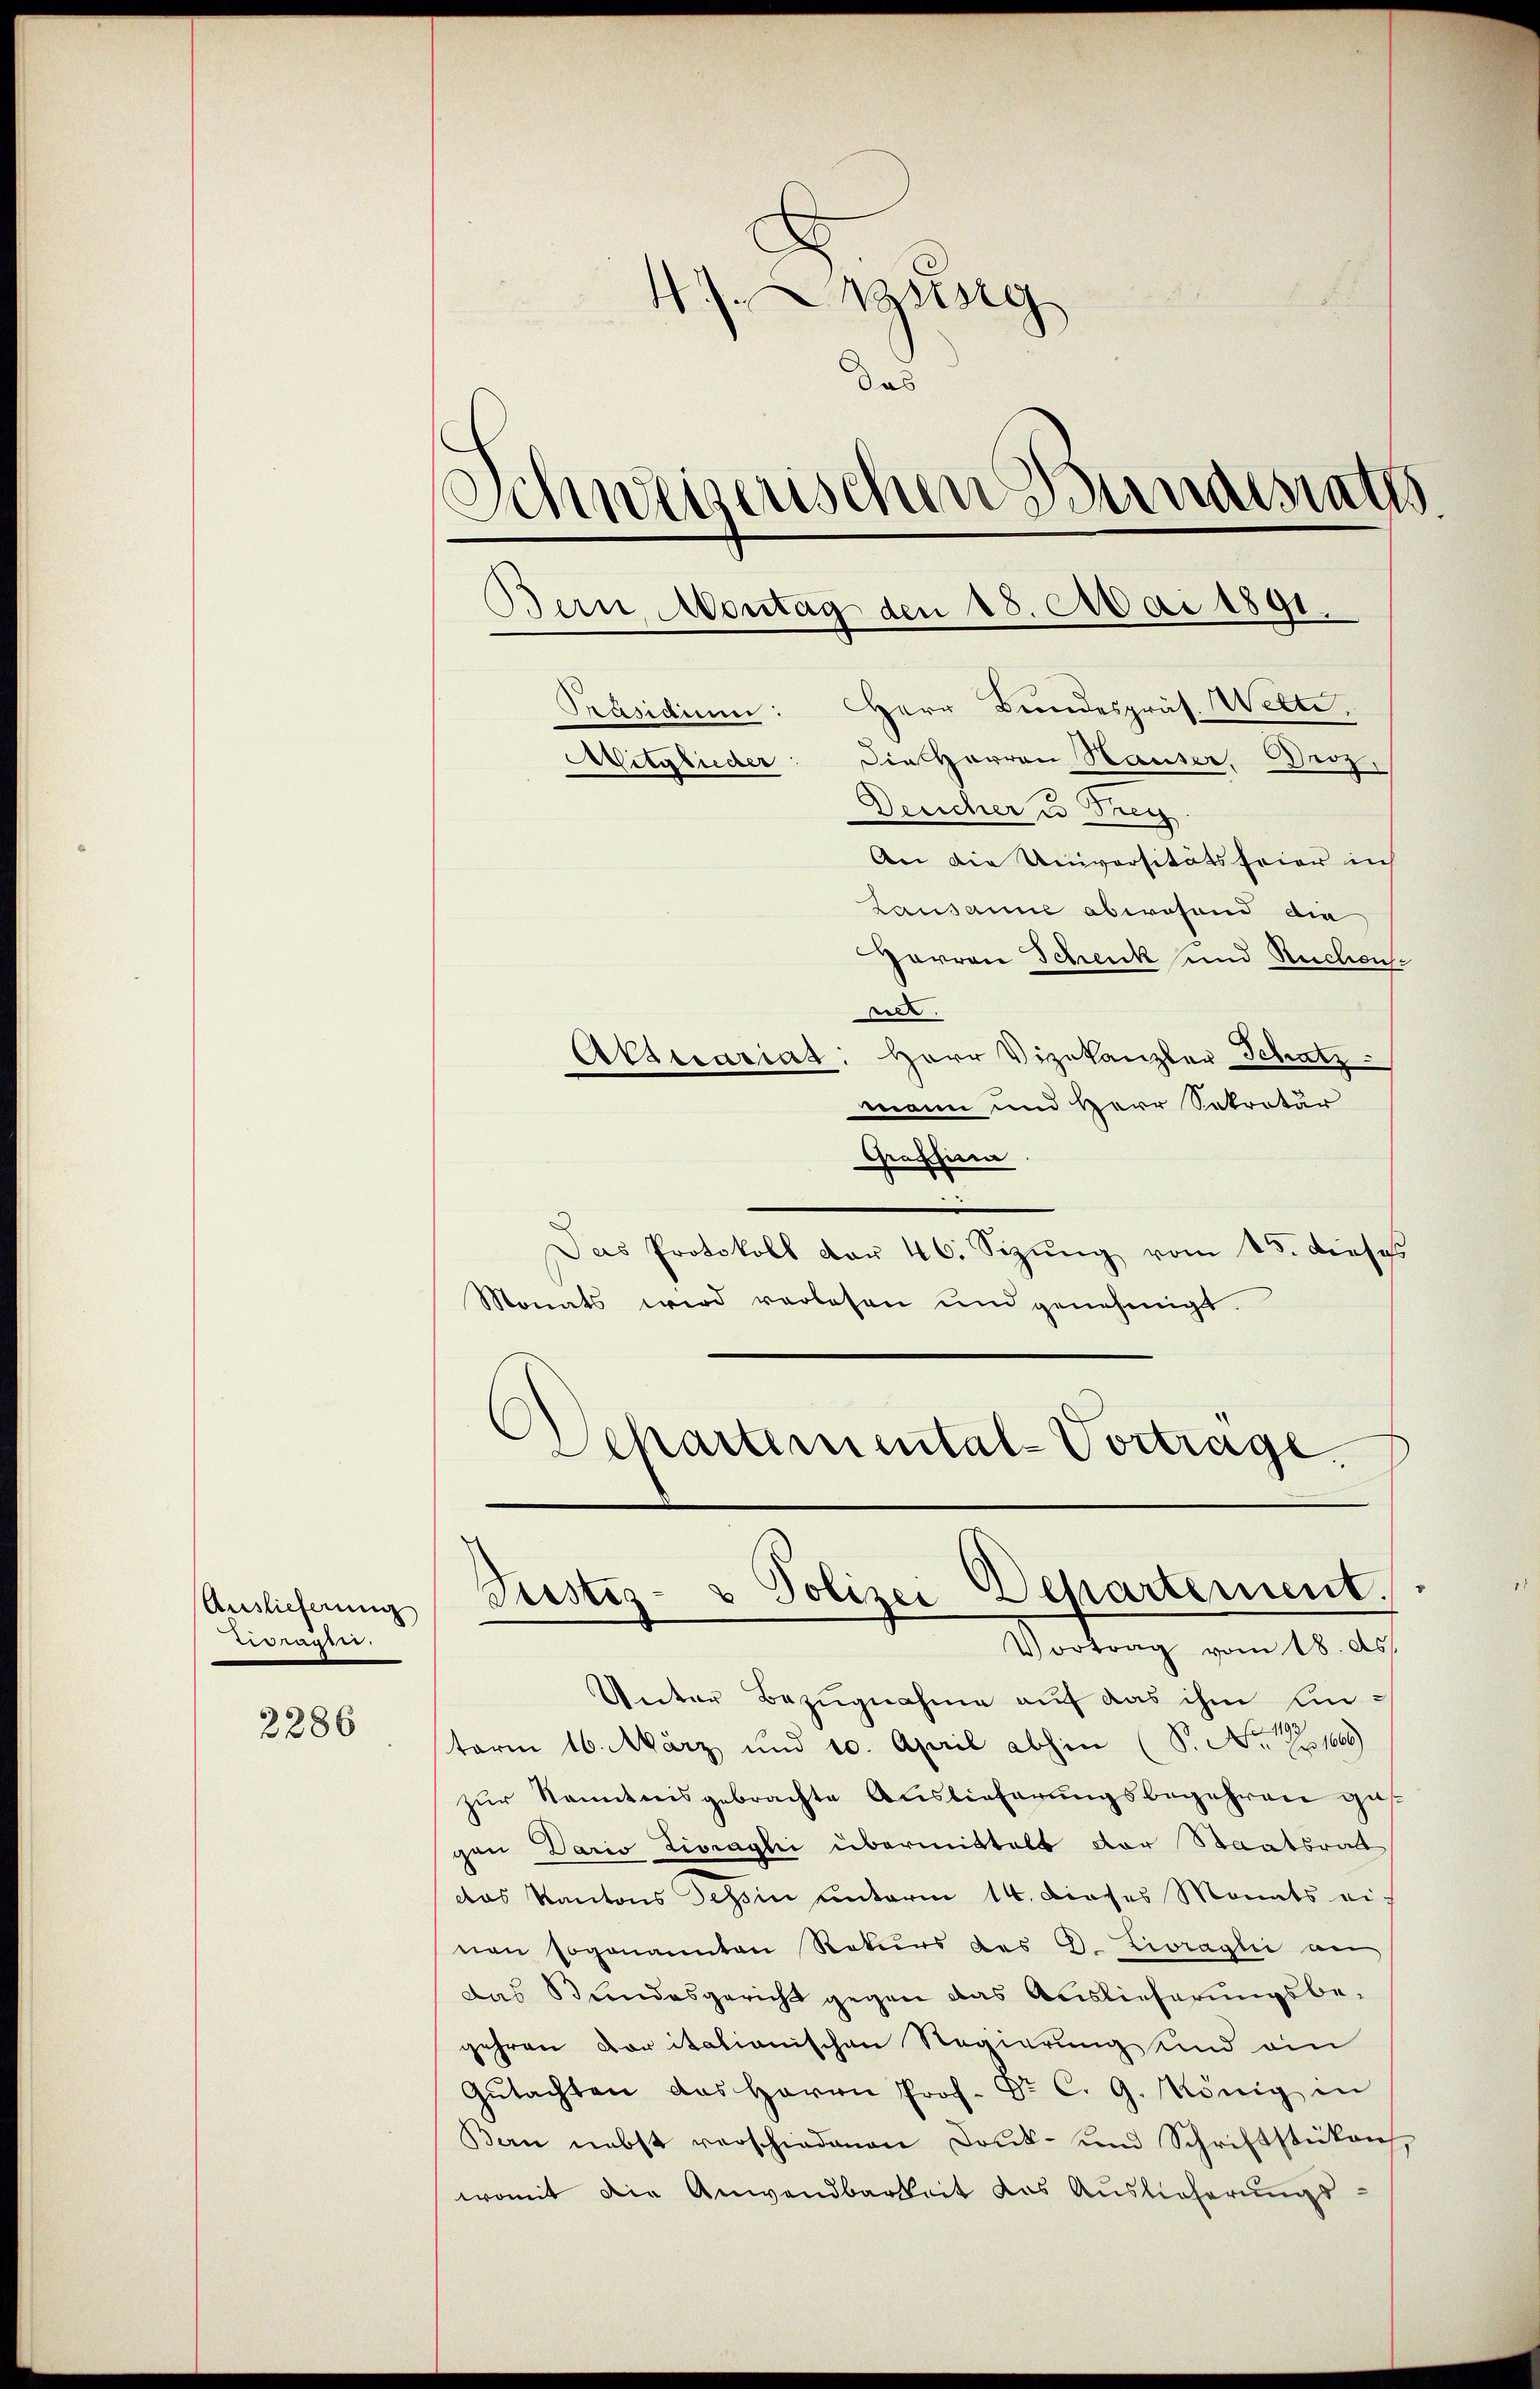
Auslieferung
 5

2286

Jusg
das
Schweizerischen Bundesraths
Bern Montag den 18. Mai 1891.
Präsidium: Herr Bundespräs. Wette,
Mitglieder: Die Herren Hauser, Broz.
Dericher u Frey
An die Universitätsfeier in

Lausanne abwesend die
Zarron Schenk und Reichens
pel.
Athecariat: Herr Vizekanzler Schatz
mann und Herr Sekretär
Grashina
.
Das Protokoll dar 46. Sizŭng vom 15. dieses
Monats wird verlesen und genehmigt.
Schartemental-Vortrage.

Justiz- & Polizei Departement.
Vortrag vom 18. d.

Unter Bezugnahme auf das ihm linterm 16. März und 10. April abhin (S. N. Z. 1600)
zur Kenntnisgebrachte Auslieferungsbegehren ges
gen Dario Livraghi übermittels der Staatsrath
das Kantons Tessin unterm 14. dieses Monats einen sogenannten Rekurs des G. Livragli an
Das Bundesgericht gegen das Auslieferungsbe-
gehren Dor itationischen Regierung und an
Gŭtachten des Herrn Prof. Dr. C. G. König in
Bern nebst verschiedenen Dank- und Schriftstüken,
womit die Anwendbarkeit das Auslieferungs-